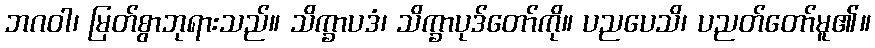
ဘဂဝါ၊ မြတ်စွာဘုရားသည်။ သိက္ခာပဒံ၊ သိက္ခာပုဒ်တော်ကို။ ပညပေသိ၊ ပညတ်တော်မူ၏။